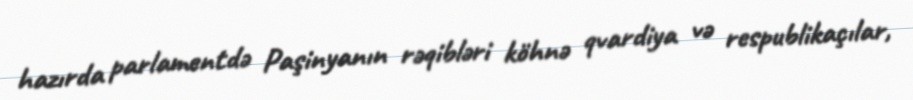
hazırda parlamentdə Paşinyanın rəqibləri köhnə qvardiya və respublikaçılar,